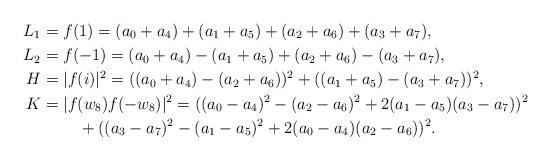
LaTeX: \begin{align*} L_1 & =f(1) = (a_0+a_4)+(a_1+a_5)+(a_2+a_6)+(a_3+a_7),\\ L_2 & =f(-1) = (a_0+a_4)-(a_1+a_5)+(a_2+a_6)-(a_3+a_7),\\H & = |f(i)|^2= ((a_0+a_4)-(a_2+a_6))^2 + ((a_1+a_5)-(a_3+a_7))^2,\\K & = |f(w_8)f(-w_8)|^2=((a_0-a_4)^2-(a_2-a_6)^2 +2(a_1-a_5)(a_3-a_7))^2 \\ & \;\;\;\;\;\;\;\;+ ((a_3-a_7)^2-(a_1-a_5)^2+2(a_0-a_4)(a_2-a_6))^2. \end{align*}